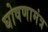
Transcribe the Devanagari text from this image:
घोषणामंत्र